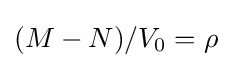
(M-N)/V_{0}=\rho